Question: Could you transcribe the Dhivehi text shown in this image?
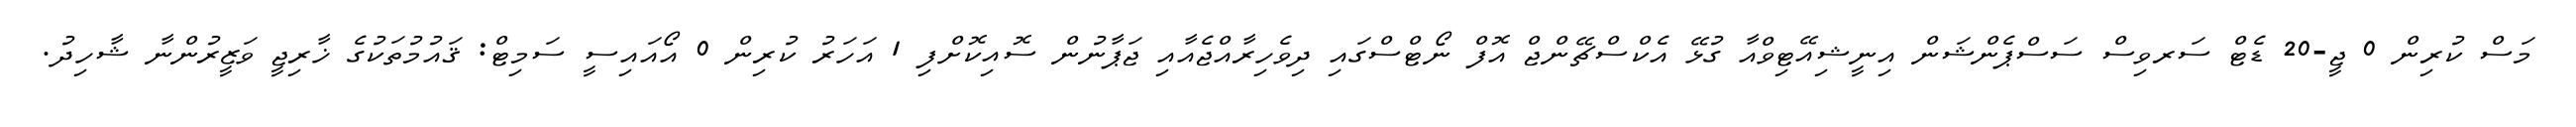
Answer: މަސް ކުރިން 0 ޖީ-20 ޑެޓް ސަރވިސް ސަސްޕެންޝަން އިނީޝިއޭޓިވްއާ ގުޅޭ އެކްސްޗޭންޖް އޮފް ނޯޓްސްގައި ދިވެހިރާއްޖެއާއި ޖަޕާނުން ސޮއިކޮށްފި 1 އަހަރު ކުރިން 0 އޯއައިސީ ސަމިޓް: ޤައުމުތަކުގެ ޚާރިޖީ ވަޒީރުންނާ ޝާހިދު.